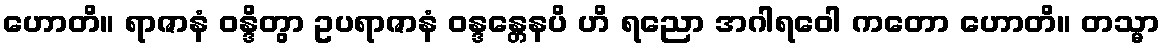
ဟောတိ။ ရာဇာနံ ဝန္ဒိတွာ ဥပရာဇာနံ ဝန္ဒန္တေနပိ ဟိ ရညော အဂါရဝေါ ကတော ဟောတိ။ တသ္မာ